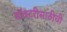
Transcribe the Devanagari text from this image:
डॉक्टरीसाठीची